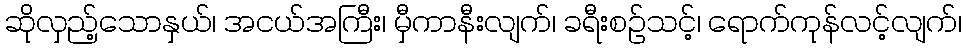
ဆိုလှည့်သောနှယ်၊ အငယ်အကြီး၊ မှီကာနီးလျက်၊ ခရီးစဉ်သင့်၊ ရောက်ကုန်လင့်လျက်၊